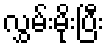
လွှမ်းမိုးပြီး